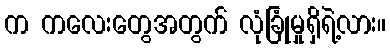
က ကလေးတွေအတွက် လုံခြုံမှုရှိရဲ့လား။